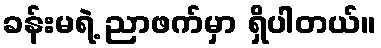
ခန်းမရဲ့ ညာဖက်မှာ ရှိပါတယ်။